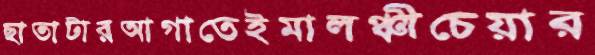
ছাতাটারআগাতেইমালঞ্চীচেয়ার